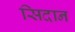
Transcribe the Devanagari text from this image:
सिदान